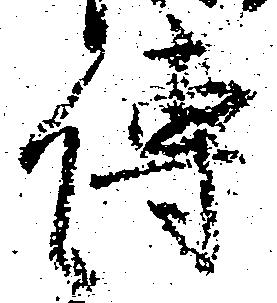
伝